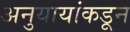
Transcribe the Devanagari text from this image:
अनुयायांकडून